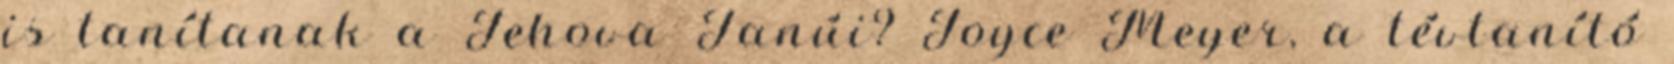
is tanítanak a Jehova Tanúi? Joyce Meyer, a tévtanító